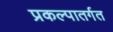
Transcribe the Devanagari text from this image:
प्रकल्पातर्गत